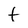
Character: f